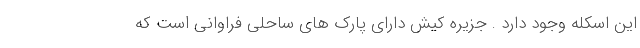
این اسکله وجود دارد . جزیره کیش دارای پارک های ساحلی فراوانی است که